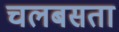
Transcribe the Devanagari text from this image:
चलबसता